Annual report on the working of the lock hospitals in the North-Western Provinces and Oudh
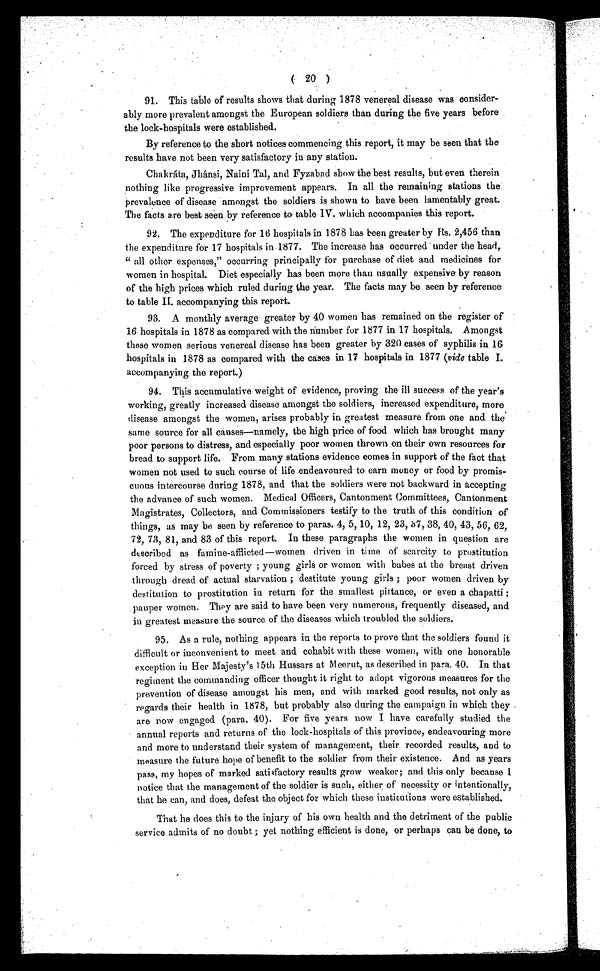
( 20 )
91. This table of results shows that during 1878 venereal disease was consider-
ably more prevalent amongst the European soldiers than during the five years before
the lock-hospitals were established.
By reference to the short notices commencing this report, it may be seen that the
results have not been very satisfactory in any station.
Chakráta, Jhánsi, Naini Tal, and Fyzabad show the best results, but even therein
nothing like progressive improvement appears. In all the remaining stations the
prevalence of disease amongst the soldiers is shown to have been lamentably great.
The facts are best seen by reference to table IV. which accompanies this report.
92. The expenditure for 16 hospitals in 1878 has been greater by Rs. 2,456 than
the expenditure for 17 hospitals in 1877. The increase has occurred under the head,
" all other expenses," occurring principally for purchase of diet and medicines for
women in hospital. Diet especially has been more than usually expensive by reason
of the high prices which ruled during the year. The facts may be seen by reference
to table II. accompanying this report.
93. A monthly average greater by 40 women has remained on the register of
16 hospitals in 1878 as compared with the number for 1877 in 17 hospitals. Amongst
these women serious venereal disease has been greater by 320 cases of syphilis in 16
hospitals in 1878 as compared with the cases in 17 hospitals in 1877 ( vide table I.
accompanying the report.)
94. This accumulative weight of evidence, proving the ill success of the year's
working, greatly increased disease amongst the soldiers, increased expenditure, more
disease amongst the women, arises probably in greatest measure from one and the
same source for all causes—namely, the high price of food which has brought many
poor persons to distress, and especially poor women thrown on their own resources for
bread to support life. From many stations evidence comes in support of the fact that
women not used to such course of life endeavoured to earn money or food by promis-
cuous intercourse during 1878, and that the soldiers were not backward in accepting
the advance of such women. Medical Officers, Cantonment Committees, Cantonment
Magistrates, Collectors, and Commissioners testify to the truth of this condition of
things, as may be seen by reference to paras. 4, 5, 10, 12, 23, 37 , 38, 40, 43, 56, 62,
72, 73, 81, and 83 of this report. In these paragraphs the women in question are
described as famine-afflicted—women driven in time of scarcity to prostitution
forced by stress of poverty ; young girls or women with babes at the breast driven
through dread of actual starvation ; destitute young girls ; poor women driven by
destitution to prostitution in return for the smallest pittance, or even a chapatti ;
pauper women. They are said to have been very numerous, frequently diseased, and
in greatest measure the source of the diseases which troubled the soldiers.
95. As a rule, nothing appears in the reports to prove that the soldiers found it
difficult or inconvenient to meet and cohabit with these women, with one honorable
exception in Her Majesty's 15th Hussars at Meerut, as described in para. 40. In that
regiment the commanding officer thought it right to adopt vigorous measures for the
prevention of disease amongst his men, and with marked good results, not only as
regards their health in 1878, but probably also during the campaign in which they
are now engaged (para. 40). For five years now I have carefully studied the
annual reports and returns of the lock-hospitals of this province, endeavouring more
and more to understand their system of management, their recorded results, and to
measure the future hope of benefit to the soldier from their existence. And as years
pass, my hopes of marked satisfactory results grow weaker; and this only because I
notice that the management of the soldier is such, either of necessity or intentionally,
that he can, and does, defeat the object for which these institutions were established.
That he does this to the injury of his own health and the detriment of the public
service admits of no doubt ; yet nothing efficient is done, or perhaps can be done, to